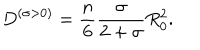
D ^ { ( \sigma > 0 ) } = \frac { n } { 6 } \frac { \sigma } { 2 + \sigma } R _ { 0 } ^ { 2 } .